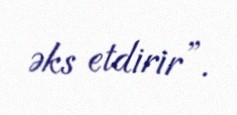
əks etdirir”.